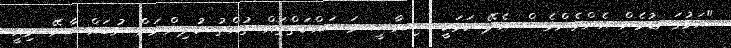
"އަޅުގަނޑުމެން އެންމެންވެސް އެދޭ ކަމަކީ ސިޔާސީ މަސައްކަތްތައް ތުއްތު ކުދިންނަށް ނުބައްސާށޭ. މިއީ